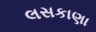
લસકાણા